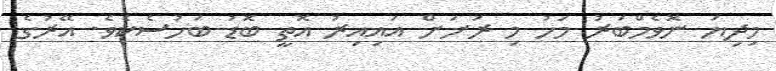
މިދިޔަ ނޮވެމްބަރު މަހު މި ރަށަށް އައިއިރު އޮތީ ބޮޑު ބަހުސެކެވެ. އޭރުގެ